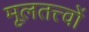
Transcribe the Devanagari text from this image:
मूलतत्त्वों